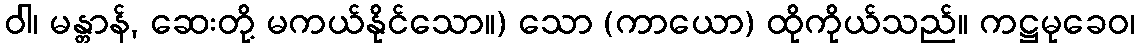
ဝါ၊ မန္တာန်, ဆေးတို့ မကယ်နိုင်သော။) သော (ကာယော) ထိုကိုယ်သည်။ ကဋ္ဌမုခေဝ၊